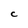
Character: C